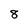
Character: 8